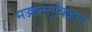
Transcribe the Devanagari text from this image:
मज्जातंतूविज्ञान